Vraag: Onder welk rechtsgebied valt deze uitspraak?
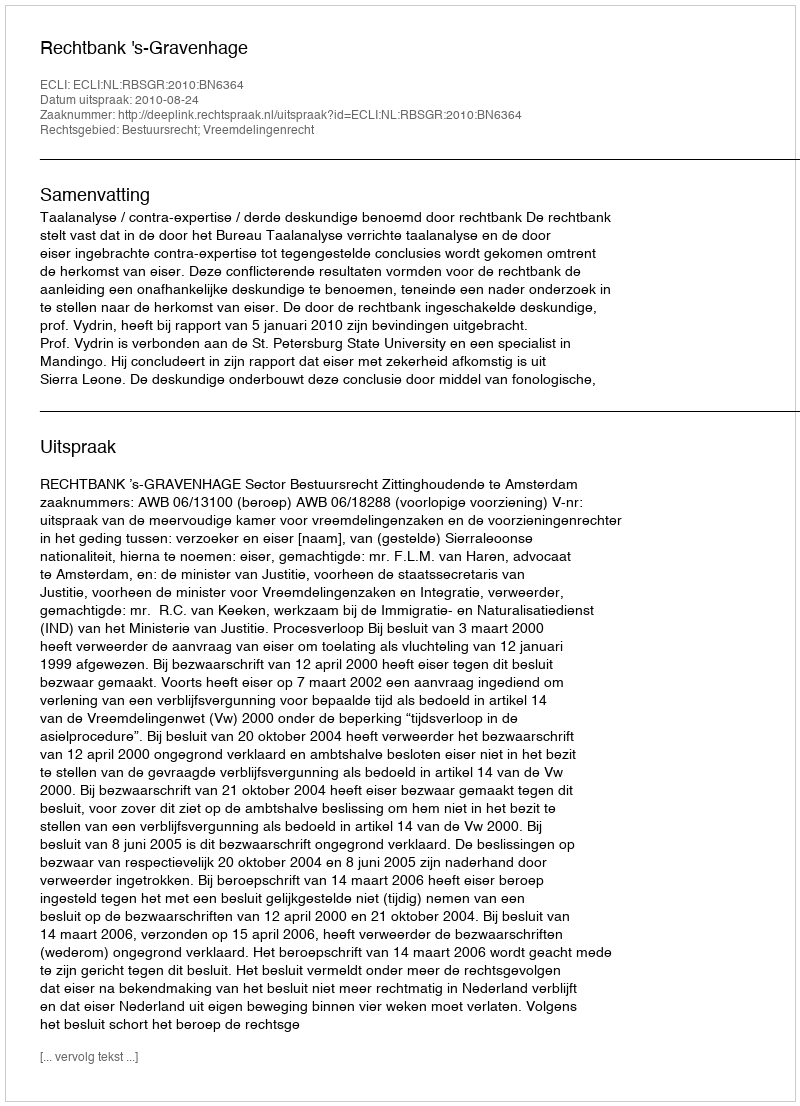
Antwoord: Bestuursrecht; Vreemdelingenrecht